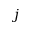
j